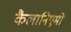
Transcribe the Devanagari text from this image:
कैलानिएमी